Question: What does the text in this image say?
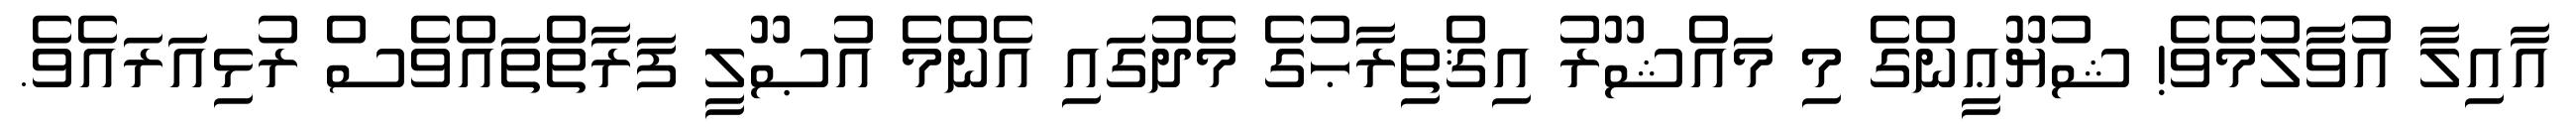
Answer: އާއިލާ އުވާލުމެވެ! ޝުޔޫޢީންގެ މި މައްޝޫރު އިޤްތިރާޙުގެ މެދުގައި އެންމެ އުޞޫލީ ފަރާތްތައްވެސް ރުޅިއަރައެވެ.